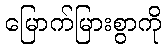
မြောက်မြားစွာကို